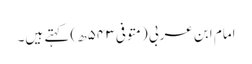
امام ابن عربی (متوفی ۵۴۳ھ) کہتے ہیں۔